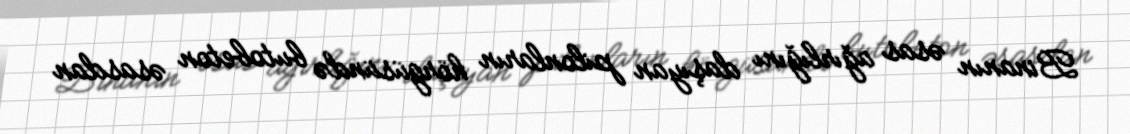
Binanın əsas ağırlığını daşıyan pilonların hörgüsündə butobeton əsasdan